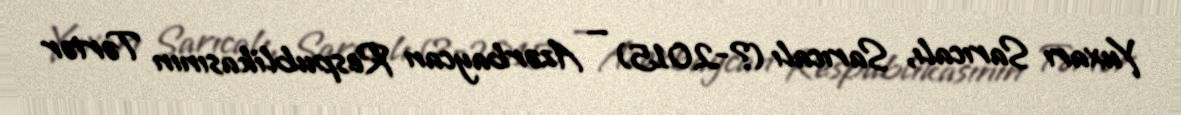
Yuxarı Sarıcalı, Sarıcalı (?-2015) — Azərbaycan Respublikasının Tərtər